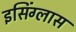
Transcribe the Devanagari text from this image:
इसिंग्लास